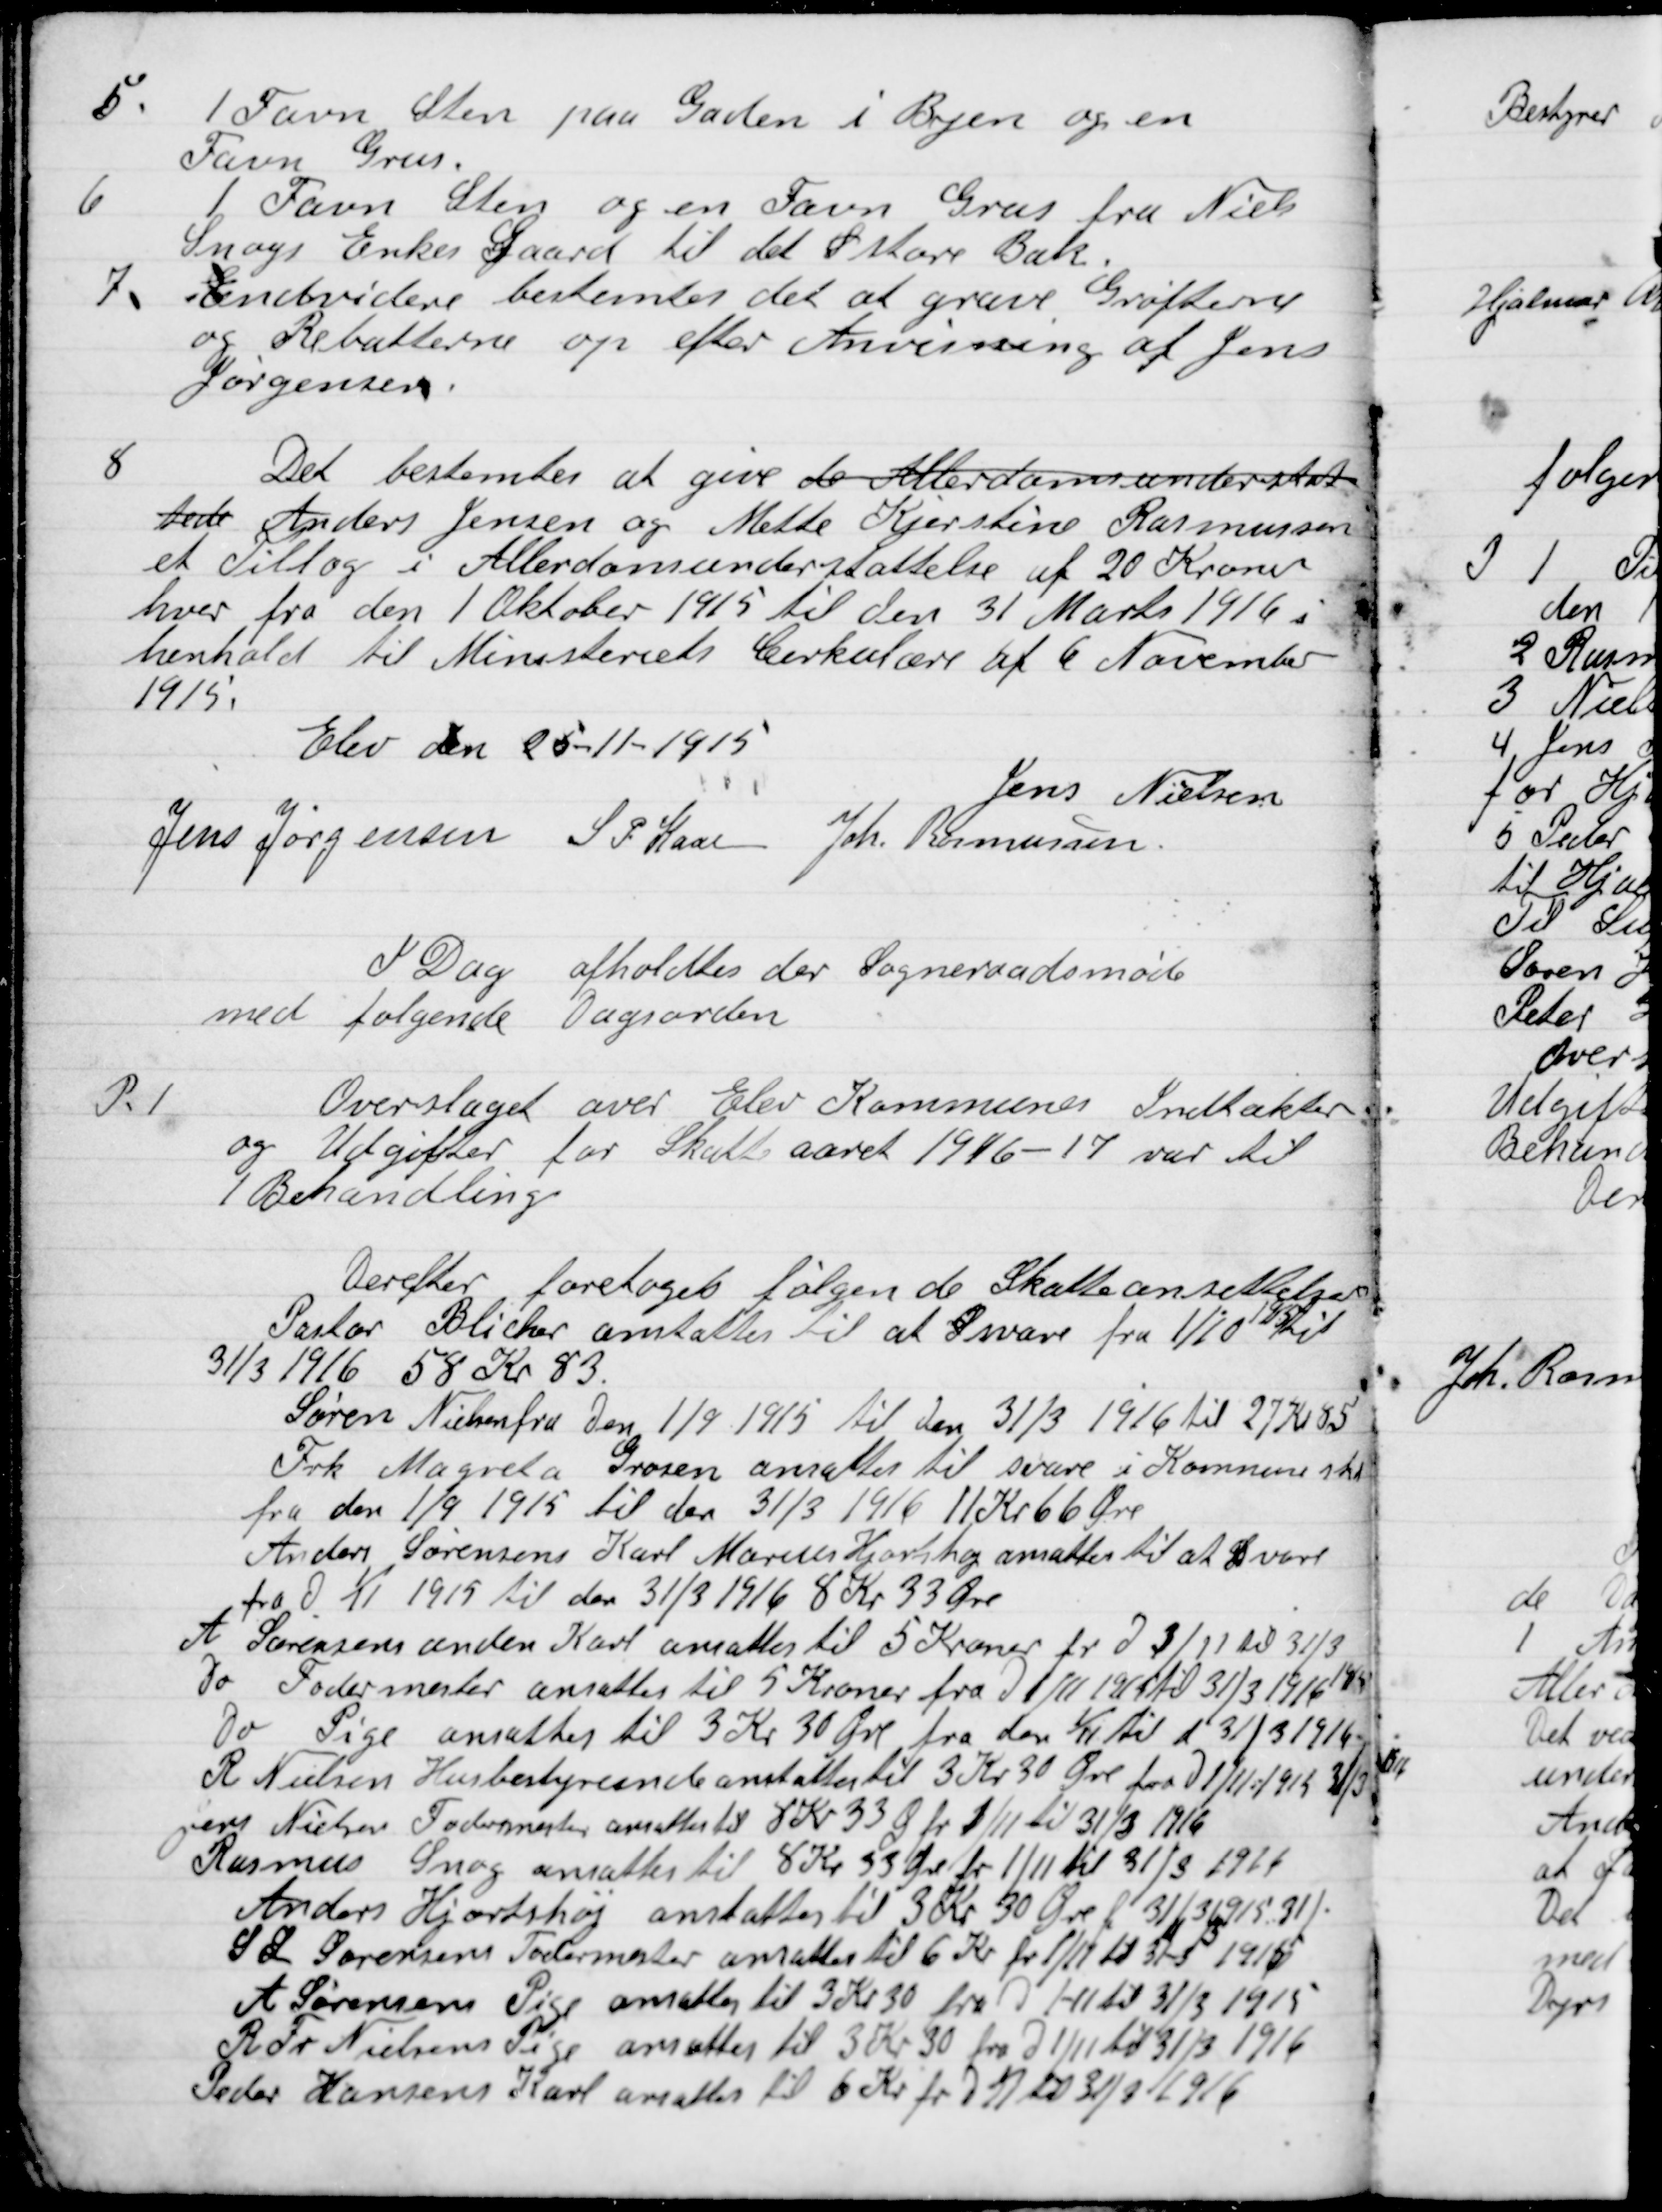
Transskription:
5

1 Favn Sten paa Gaden i Byen og en
Favn Grus.

6

1 Favn Sten og en Favn Grus fra Niels
Snogs Enkes Gaard til det S store Bæk.

7

Endvidere bestemtes det at grave Grøfterne
og Rebattene op efter Anvisning af Jens
Jørgensen

8

Det bestemtes at give de Alderdomsunderstøttelse
Anders Jensen og Mette Kirstine Rasmussen
et Tillæg i Alderdomsunderstøttelse af 20 Kroner
hver fra den 1 Oktober 1915 til den 31 Marts 1916 i
henhold til Ministeriets Cirkulære af 6 November
1915.

Elev Den 25-11-1915.

Jens Nielsen
Jens Jørgensen
S. P. Kaar
Joh. Rasmussen

I Dag afholdes der Sogneraadsmøde
med følgende Dagsorden

P. 1

Overslaget over Elev Kommune Indtækter
og Udgifter for Skatteaaret 1916-17 var til
1.	Behandling

Derefter foretoges følgende Skatteansættelse
Pastor Blicher ansattes til svare i Kommunes Skat
31/3 1916 58 Kr. 83.
Sørens Nielsen fra Den 1/9 1915 til den 31/3 1916 til 27 Kr. 85
Frk. Magreta Grosen ansattes til svar i Kommunens Skat
fra den 1/9 1915 til den 31/3 1916 11 Kr. 66 Øre
Anders Sørensen Karl Mortensen Hjortshøj ansattes til at svare
fra D. 1/11 1915 til den 31/3 1916 8 Kr. 33 Øre.
A. Sørensens anden Karl ansættelse til 5 Kroner fra D. 3/11 til 31/3
Do Fodermester ansattes til 5 Kroner fra D 1/11 1915 til 31/3 1916
Do Pige ansattes til 3 Kr. 30 Øre fra D 1/11 til d. 31/3 1916
R. Nielsen Husbestyrerinde ansattes til 3 Kr. 30 Øre fra D. 1/11 1915 31/3
Jens Nielsen Fodermester ansattes til 8 Kr. 33 Øre fra 1/11 til 31/11 1916
Rasmus Snog ansattes til 8 Kr. 33 Øre fra 1/11 til 31/11 1916
Anders Hjortshøj ansattes til 3 Kr. 30 Øre f 31/3 1915 31/1
S.L. Sørensen Fodermester ansattes til 6 Kr. fra 1/11 til 31-3 1915
A. Sørensens Pige ansattes til 3 Kr. 30 fra d. 1-11 til 31/3 1915
R. Fr. Nielsen Pige ansattes til 3 Kr. 30 fra d. 1-11 til 31/3 1916
Peder Hansens Karl ansattes til 6 Kr. fra d. 1-11 til 31/3 1916